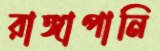
রাঙ্গাপানি